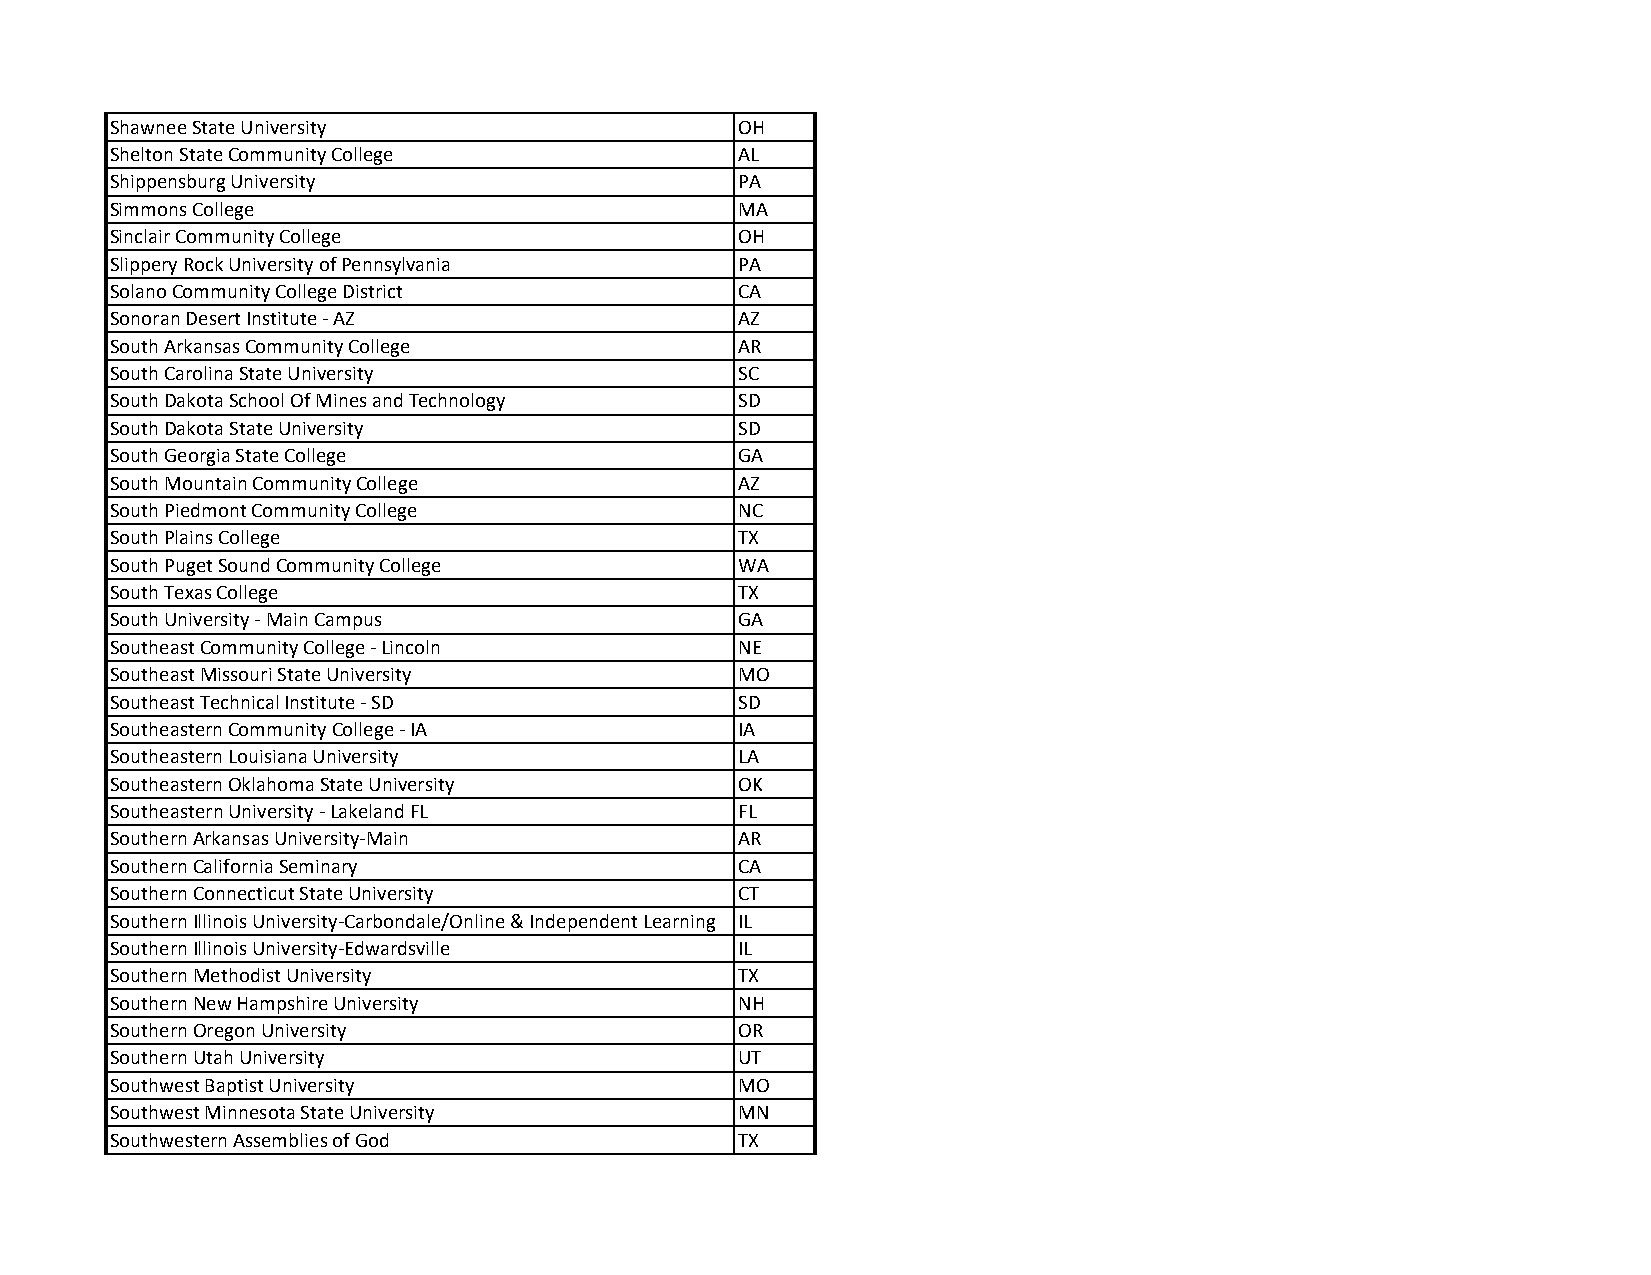
Shawnee State University                  OH
 Shelton State Community College           AL
 Shippensburg University                   PA
 Simmons College                           MA
 Sinclair Community College                OH
 Slippery Rock University of Pennsylvania  PA
 Solano Community College District         CA
 Sonoran Desert Institute ‐ AZ             AZ
 South Arkansas Community College          AR
 South Carolina State University           SC
 South Dakota School Of Mines and Technology SD
 South Dakota State University             SD
 South Georgia State College               GA
 South Mountain Community College          AZ
 South Piedmont Community College          NC
 South Plains College                      TX
 South Puget Sound Community College       WA
 South Texas College                       TX
 South University ‐ Main Campus            GA
 Southeast Community College ‐ Lincoln     NE
 Southeast Missouri State University       MO
 Southeast Technical Institute ‐ SD        SD
 Southeastern Community College ‐ IA       IA
 Southeastern Louisiana University         LA
 Southeastern Oklahoma State University    OK
 Southeastern University ‐ Lakeland FL     FL
 Southern Arkansas University‐Main         AR
 Southern California Seminary              CA
 Southern Connecticut State University     CT
 Southern Illinois University‐Carbondale/Online & Independent Learning IL
 Southern Illinois University‐Edwardsville IL
 Southern Methodist University             TX
 Southern New Hampshire University         NH
 Southern Oregon University                OR
 Southern Utah University                  UT
 Southwest Baptist University              MO
 Southwest Minnesota State University      MN
 Southwestern Assemblies of God            TX